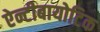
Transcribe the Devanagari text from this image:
ऐन्टीबायोटिक